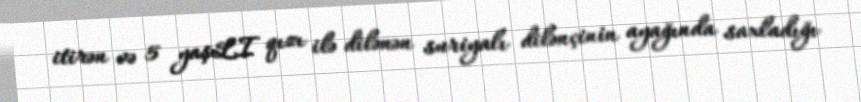
itirən və 5 yaşLI qızı ilə dilənən suriyalı dilənçinin ayağında saxladığı